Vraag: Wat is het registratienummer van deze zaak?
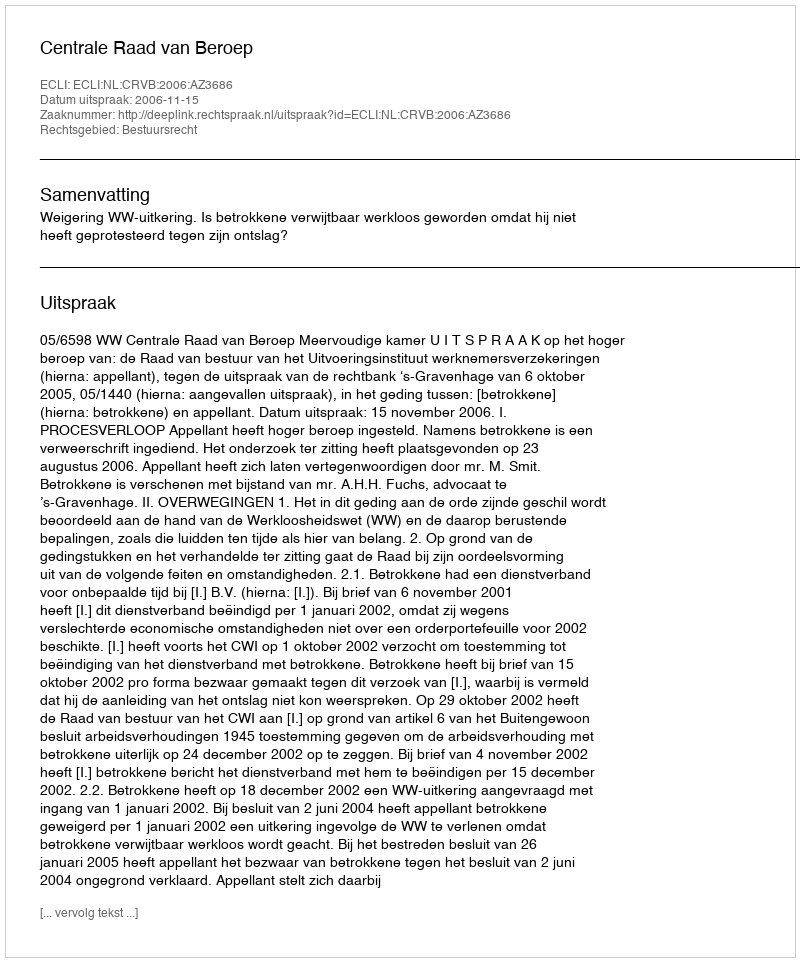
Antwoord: http://deeplink.rechtspraak.nl/uitspraak?id=ECLI:NL:CRVB:2006:AZ3686